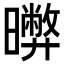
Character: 𣋹